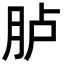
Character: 胪